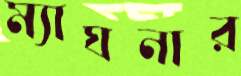
ম্যাঘনার